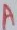
Text: A